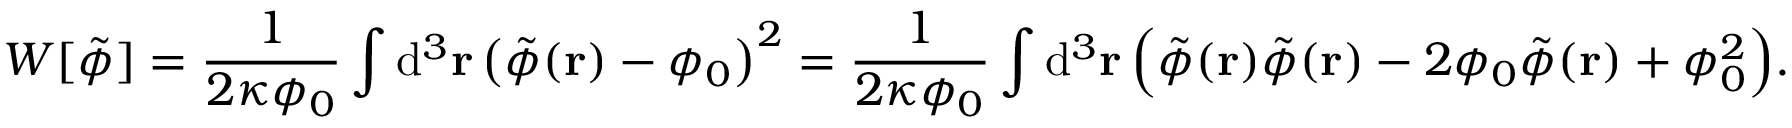
W [ \tilde { \phi } ] = \frac { 1 } { 2 \kappa \phi _ { 0 } } \int \mathrm { d } ^ { 3 } \mathbf { r } \, \big ( \tilde { \phi } ( \mathbf { r } ) - \phi _ { 0 } \big ) ^ { 2 } = \frac { 1 } { 2 \kappa \phi _ { 0 } } \int \mathrm { d } ^ { 3 } \mathbf { r } \, \Big ( \tilde { \phi } ( \mathbf { r } ) \tilde { \phi } ( \mathbf { r } ) - 2 \phi _ { 0 } \tilde { \phi } ( \mathbf { r } ) + \phi _ { 0 } ^ { 2 } \Big ) .